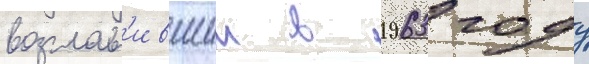
возглав'ившии в 1963 году